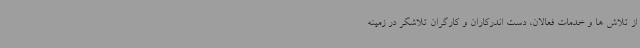
از تلاش ها و خدمات فعالان، دست اندرکاران و کارگران تلاشگر در زمینه